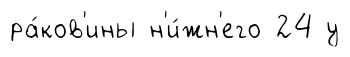
ра́ков'ины н'и́жн'его 24 у